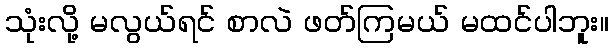
သုံးလို့ မလွယ်ရင် စာလဲ ဖတ်ကြမယ် မထင်ပါဘူး။